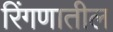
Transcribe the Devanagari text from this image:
रिंगणातील